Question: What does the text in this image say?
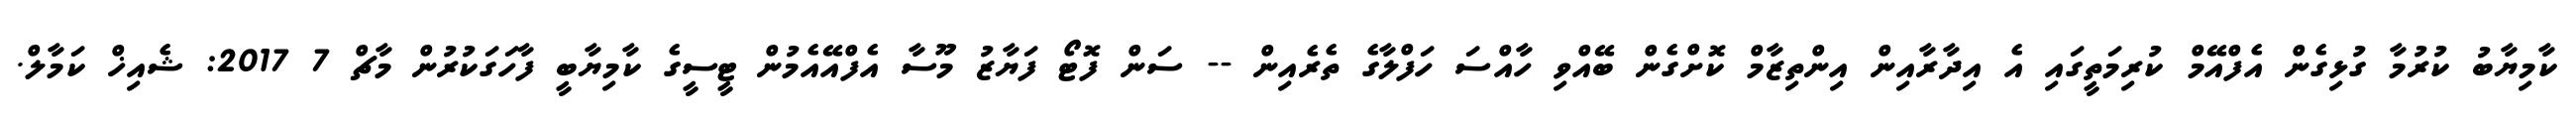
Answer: ކާމިޔާބު ކުރުމާ ގުޅިގެން އެފްއޭމް ކުރިމަތީގައި އެ އިދާރާއިން އިންތިޒާމް ކޮށްގެން ބޭއްވި ހާއްސަ ހަފްލާގެ ތެރެއިން -- ސަން ފޮޓޯ ފަޔާޒު މޫސާ އެފްއޭއެމުން ޓީސީގެ ކާމިޔާބީ ފާހަގަކުރުން މާޗް 7 2017: ޝެއިޚް ކަމާލް.